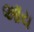
આય